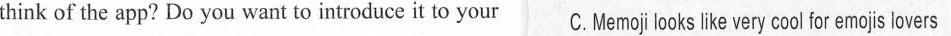
think of the app? Do you want to introduce it to your C.Memoji looks like very cool for emojs lovers